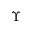
\Upsilon